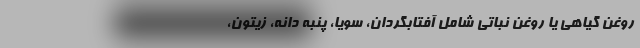
روغن گیاهی یا روغن نباتی شامل آفتابگردان، سویا، پنبه دانه، زیتون،